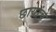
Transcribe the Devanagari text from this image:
छायांचे